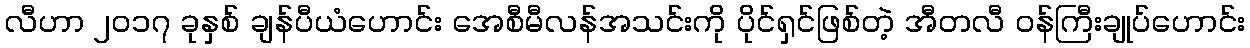
လီဟာ ၂၀၁၇ ခုနှစ် ချန်ပီယံဟောင်း အေစီမီလန်အသင်းကို ပိုင်ရှင်ဖြစ်တဲ့ အီတလီ ဝန်ကြီးချုပ်ဟောင်း